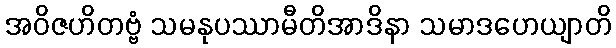
အဝိဇဟိတဗ္ဗံ သမနုပဿာမီတိအာဒိနာ သမာဒဟေယျာတိ